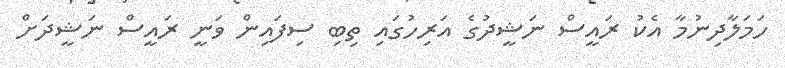
ހަމަލާދިނުމާ އެކު ރައީސް ނަޝީދުގެ އަރިހުގައި ތިބި ސިފައިން ވަނީ ރައީސް ނަޝީދަށް